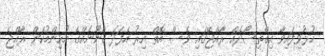
ހުޅުވިފައިވާ އިގްތިސޯދެއް ރާއްޖޭގައި ވެސް އޮތް އިރު އެފަދަ ގާނޫނެއްގެ މުހިންމުކަން ރާއްޖެ